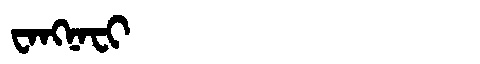
Manchu: ᠸᠠᠩᠨᠠᠸᡳ
Romanization: WANGNAFI